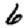
Digit: 6